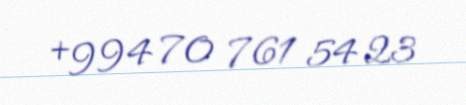
+994 70 761 54 23